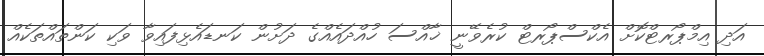
އަދި އިމްޕޯރޓްކޮށް އެކްސްޕޯރޓް ކުރެވޭނީ ޚާއްސަ ހުއްދައެއްގެ ދަށުން ކަނޑައެޅިފައިވާ ވަކި ކަންތައްތަކެއް